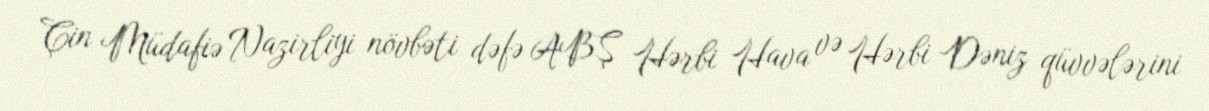
Çin Müdafiə Nazirliyi növbəti dəfə ABŞ Hərbi Hava və Hərbi Dəniz qüvvələrini